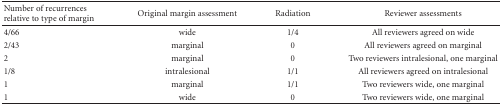
<table><thead><tr><td><b>Number of recurrences relative to type of margin</b></td><td><b>Original margin assessment</b></td><td><b>Radiation</b></td><td><b>Reviewer assessments</b></td></tr></thead><tbody><tr><td>4/66</td><td>wide</td><td>1/4</td><td>All reviewers agreed on wide</td></tr><tr><td>2/43</td><td>marginal</td><td>0</td><td>All reviewers agreed on marginal</td></tr><tr><td>2</td><td>marginal</td><td>0</td><td>Two reviewers intralesional, one marginal</td></tr><tr><td>1/8</td><td>intralesional</td><td>1/1</td><td>All reviewers agreed on intralesional</td></tr><tr><td>1</td><td>marginal</td><td>1/1</td><td>Two reviewers wide, one marginal</td></tr><tr><td>1</td><td>wide</td><td>0</td><td>Two reviewers wide, one marginal</td></tr></tbody></table>